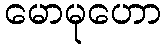
မောမုဟော